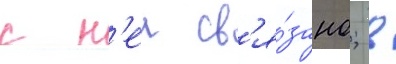
с н'еи св'я́зано; в